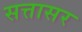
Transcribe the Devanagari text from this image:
सत्तासर